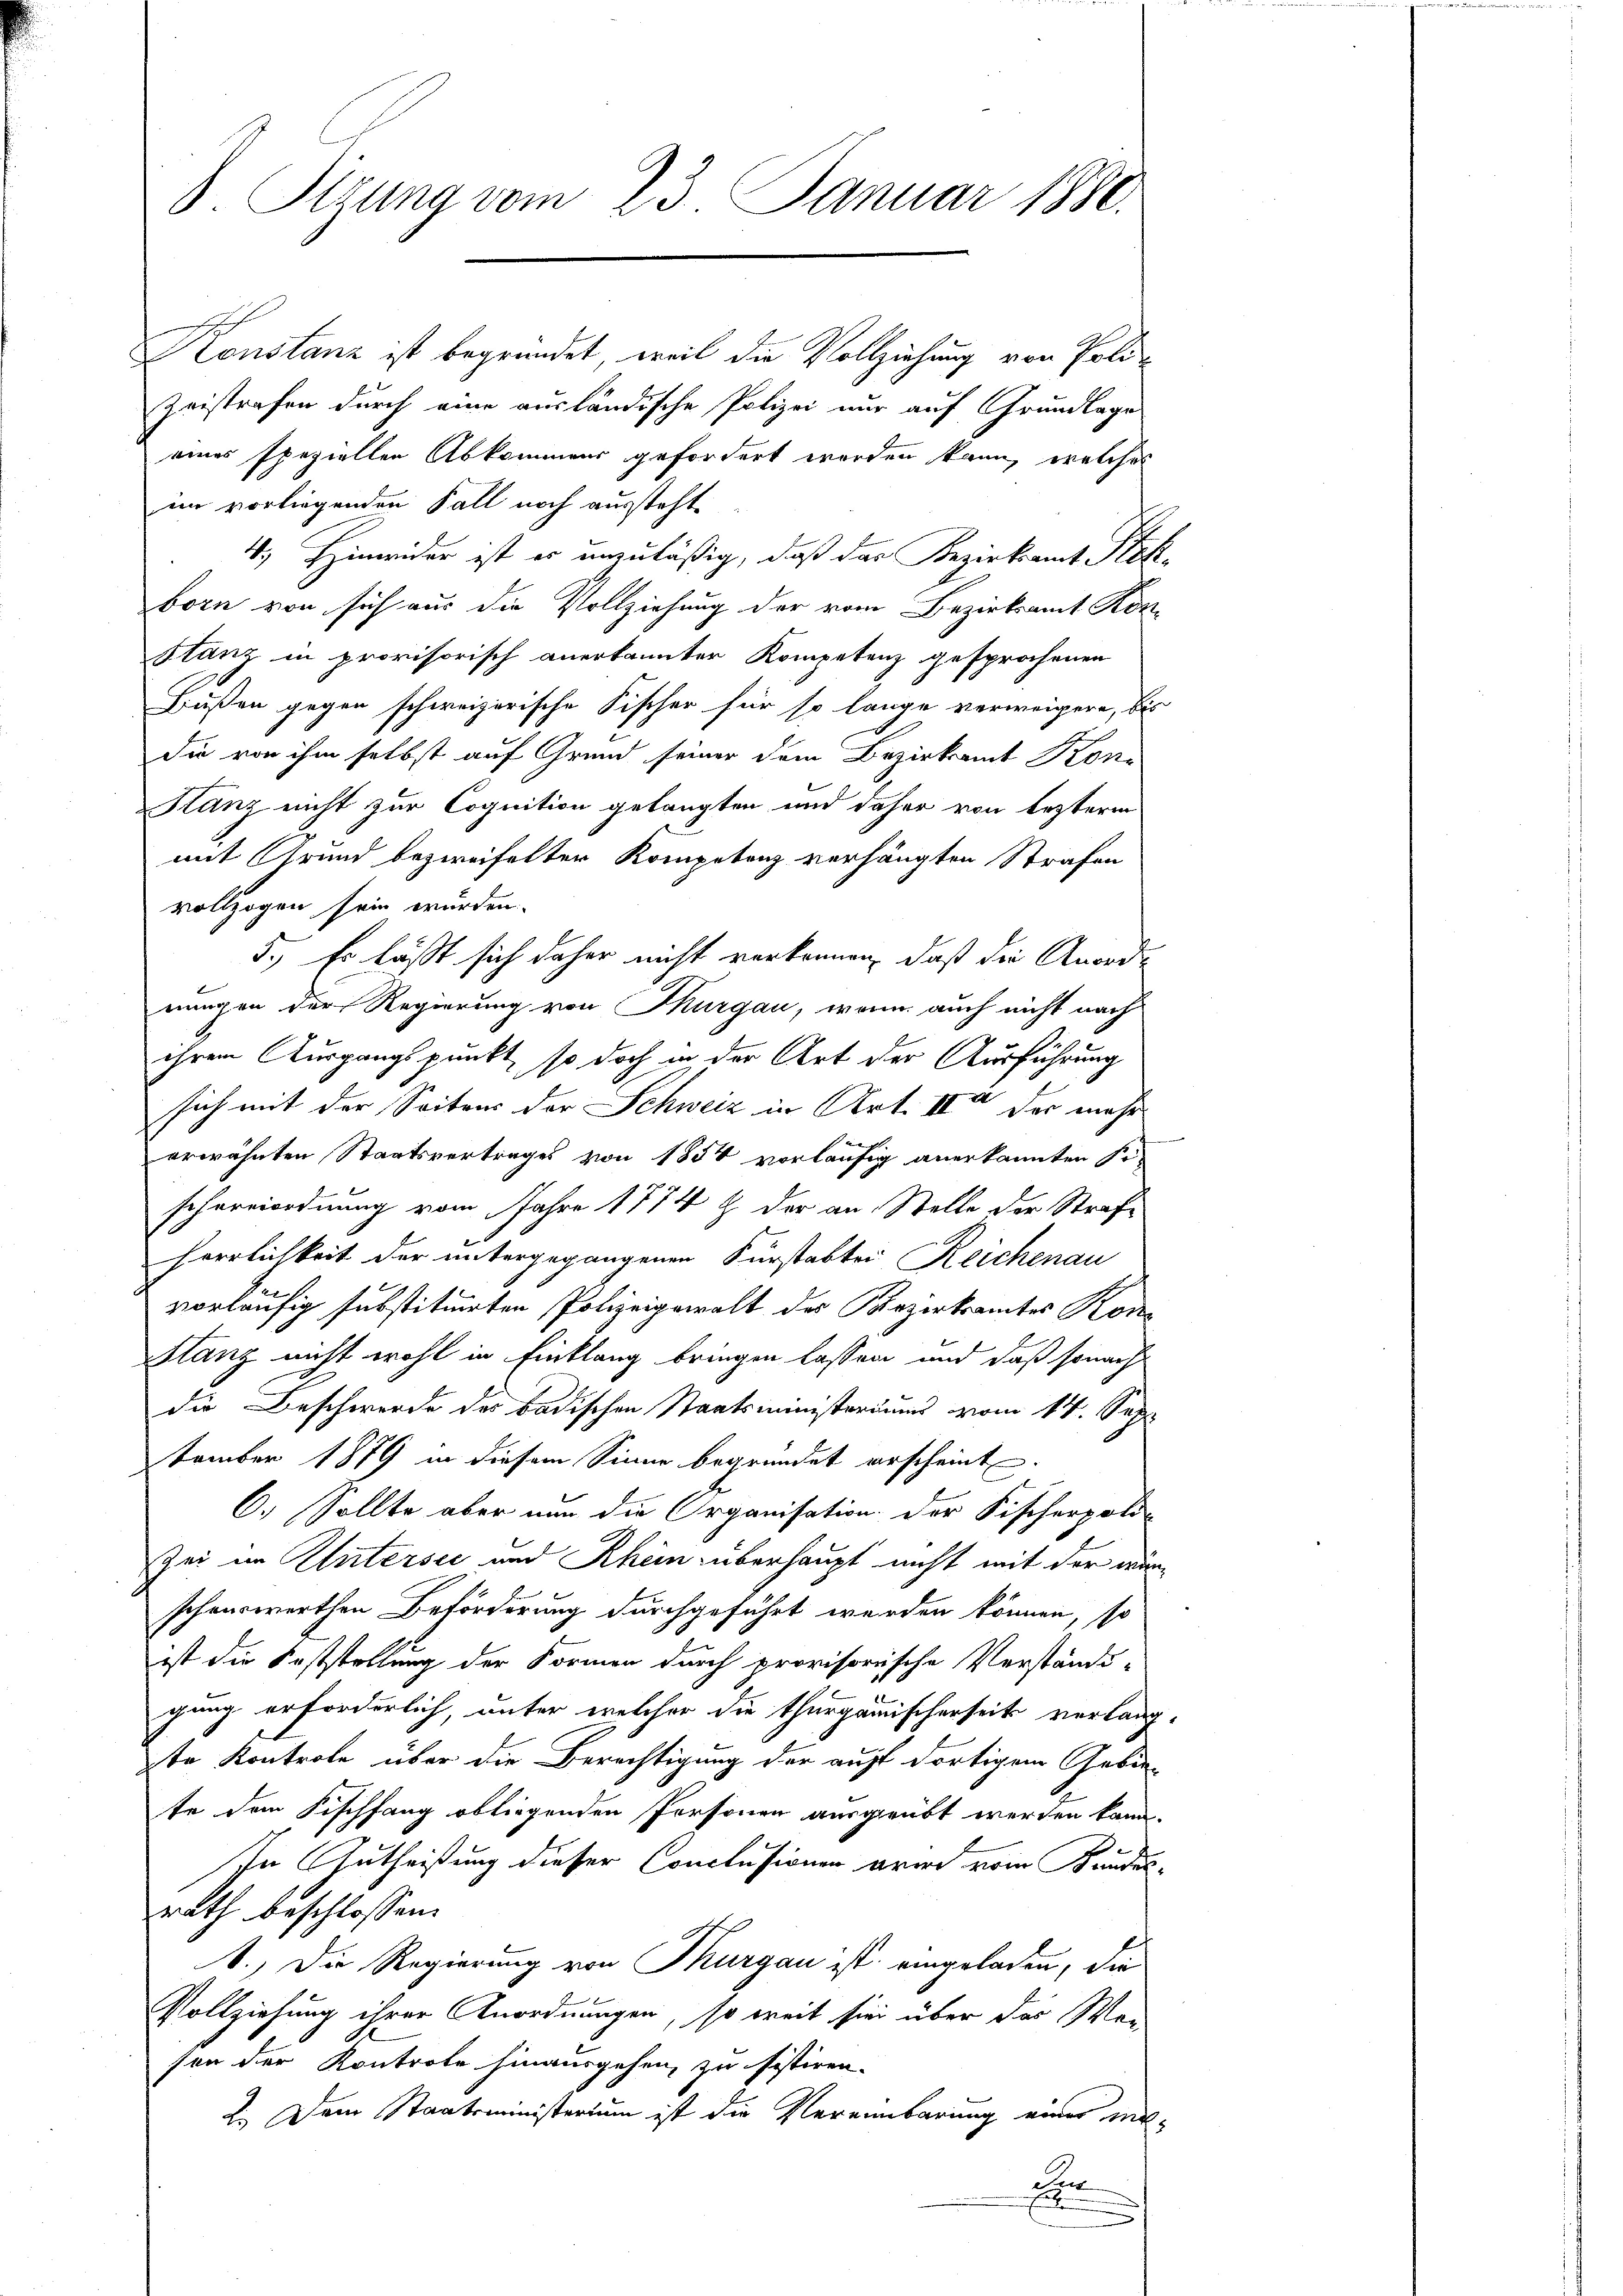
Itzung vom 23. Januar 1880.

Konstanz ist begründet, weil die Vollziehung von Poli-
Zeistrafen durch eine ausländische Polizei nur auf Grundlage
eines speziellen Abkommens gefordert worden kann, welches
im vorliegenden Fall noch aussteht.
4.) Hinwider ist es anzuläßig, daß das Bezirksamt Stek-
born von sich aus die Vollziehung der vom Bezirksamt Konstanz in provisorisch anerkannter Kompetenz gesprochenen
Bußen gegen schweizerische Fischer für so lange verweigere, bis
die von ihm selbst auf Grund seiner dem Bezirksamt Koni
Stanz nicht zur Cognition gelangten und daher von lezterm
mit Grund bezweifelter Kompetenz verhängten Strafen
vollzogen sein wurden.
5.) Es läßt sich daher nicht verkennen, daß die Anord-
nungen der Regierung von Thurgau, wenn auch nicht nach
ihrem Ausgangspunkt, so doch in der Art der Ausführung
sich mit der Seitens der Schweiz in Art. II der mehr
erwähnten Staatsvertrages von 1854 vorläufig anerkannten sie
schereiordnung vom Jahre 1774 Z. der an. Stelle der Strafherrlichkeit der untergegangenen Fürstabter Reichenau
vorläufig substituirten Polizeigewalt des Bezirksamtes Kon
Stanz nicht wohl in Einklang bringen lassen und daß sonach
die Beschwerde des badischen Staatsministeriums vom 14. Sep
tember 1879 in diesem Sinne begründet erscheint.
C.) Sollte aber nun die Organisation der Fischerpoli-
Zei im Untersei und Rhein überhaupt nicht mit der wurschenswerthen Beförderung durchgeführt werden können, so
ist die Koststellung der Formen durch provisorische Verständi-
gang erforderlich, unter welcher die thurgauischerseit verlang-
te Kontrole über die Berechtigung der auf dortigem Gebiete dem Fischfang obliegenden Personen ausgeübt werden kann.
In Gutheißung dieser Conclusionen arme vom Kundesrath beschlossen:
1.) Die Regierung von Thurgau ist eingeladen, die
Vollziehung ihrer Anordnungen, so weit sie über das Wer
sen der Kontrole hinausgehen, zu sistiren.
2.) Dem Staatsministerium ist die Vereinbarung einer mit¬
E